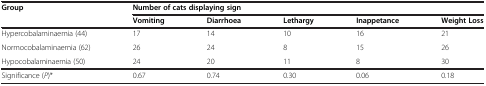
<table><thead><tr><td rowspan="2"><b>Group</b></td><td colspan="5"><b>Number of cats displaying sign</b></td></tr><tr><td><b>Vomiting</b></td><td><b>Diarrhoea</b></td><td><b>Lethargy</b></td><td><b>Inappetance</b></td><td><b>Weight Loss</b></td></tr></thead><tbody><tr><td>Hypercobalaminaemia (44)</td><td>17</td><td>14</td><td>10</td><td>16</td><td>21</td></tr><tr><td>Normocobalaminaemia (62)</td><td>26</td><td>24</td><td>8</td><td>15</td><td>26</td></tr><tr><td>Hypocobalaminaemia (50)</td><td>24</td><td>20</td><td>11</td><td>8</td><td>30</td></tr><tr><td>Significance (<i>P</i>)*</td><td>0.67</td><td>0.74</td><td>0.30</td><td>0.06</td><td>0.18</td></tr></tbody></table>